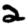
Digit: 2